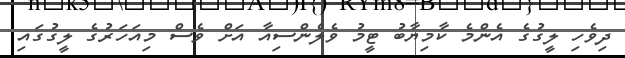
ދިވެހި ލީގުގެ އެންމެ ކާމިޔާބު ޓީމު ވެލެންސިއާ އަށް ވެސް މިއަހަރުގެ ލީގުގައި